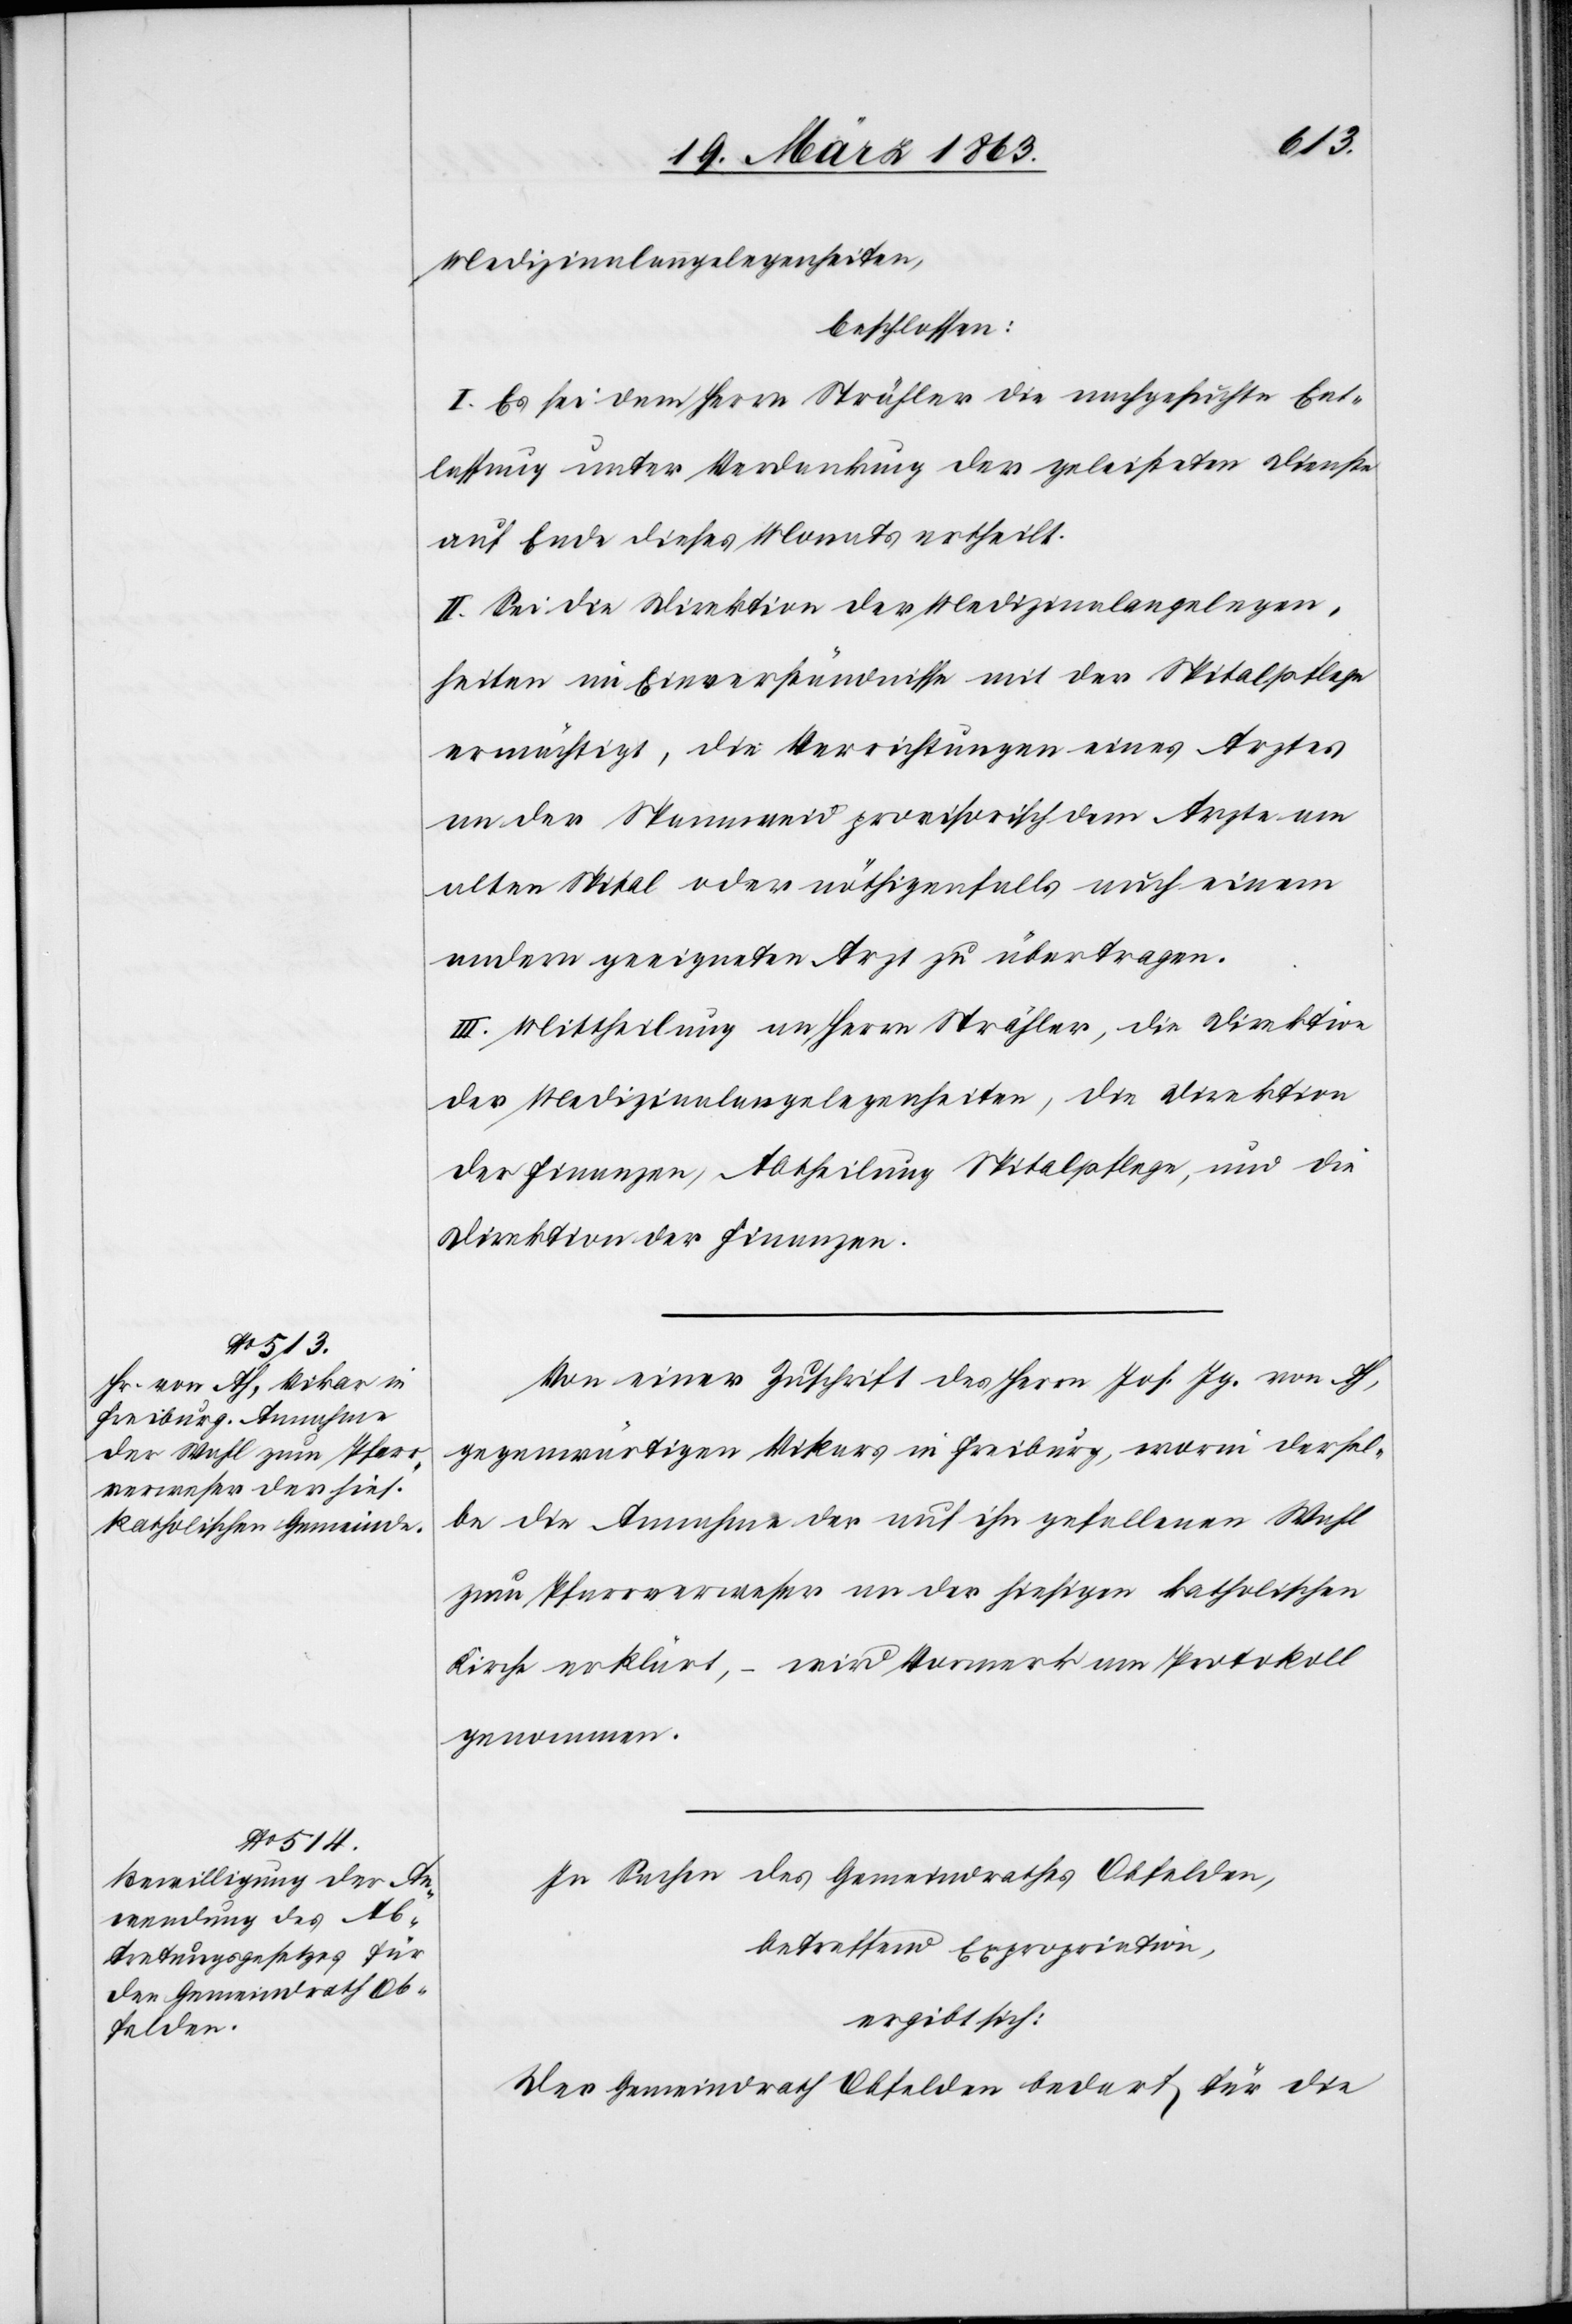
Medizinalangelegenheiten,
beschlossen:
I. Es sei dem Herrn Strähler die nachgesuchte Ent¬
lassung unter Verdankung der geleisteten Dienste
auf Ende dieses Monats ertheilt.
II. Sei die Direktion der Medizinalangelegen¬
heiten im Einverständnisse mit der Spitalpflege
ermächtigt, die Verrichtungen eines Arztes
an der Spannweid provisorisch dem Arzte am
alten Spital oder nöthigenfalls auch einem
andern geeigneten Arzt zu übertragen.
III. Mittheilung an Herrn Strähler, die Direktion
der Medizinalangelegenheiten, die Direktion
der Finanzen, Abtheilung Spitalpflege, und die
Direktion der Finanzen.
Von einer Zuschrift des Herrn Joh. Jg. von Ah,
gegenwärtigen Vikars in Freiburg, worin dersel¬
be die Annahme der auf ihn gefallenen Wahl
zum Pfarrverweser an der hiesigen katholischen
Kirche erklärt, – wird Vormerk am Protokoll
genommen.
In Sachen des Gemeindrathes Obfelden,
betreffend Expropriation,
ergibt sich:
Der Gemeindrath Obfelden bedarf für die